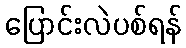
ပြောင်းလဲပစ်ရန်